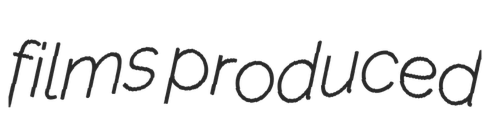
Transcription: films produced